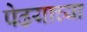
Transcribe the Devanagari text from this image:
पेढयाच्या